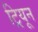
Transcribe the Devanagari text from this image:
ट्रियून